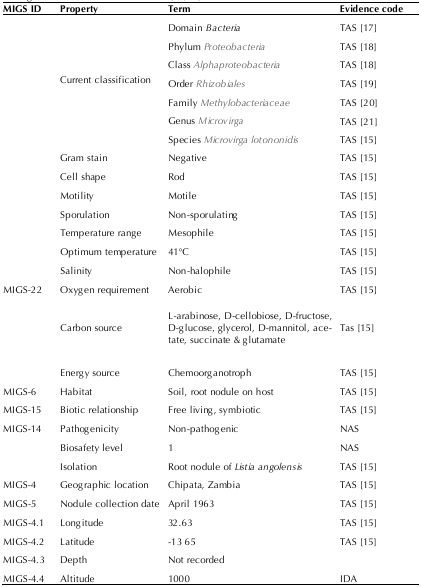
<table><thead><tr><td><b>MIGS ID</b></td><td><b>Property</b></td><td><b>Term</b></td><td><b>Evidence code</b></td></tr></thead><tbody><tr><td rowspan="8"></td><td rowspan="8">Current classification</td><td>Domain <i>Bacteria</i></td><td>TAS [17]</td></tr><tr><td>Phylum <i>Proteobacteria</i></td><td>TAS [18]</td></tr><tr><td>Class <i>Alphaproteobacteria</i></td><td>TAS [18]</td></tr><tr><td>Order <i>Rhizobiales</i></td><td>TAS [19]</td></tr><tr><td>Family <i>Methylobacteriaceae</i></td><td>TAS [20]</td></tr><tr><td>Genus <i>Microvirga</i></td><td>TAS [21]</td></tr><tr><td>Species <i>Microvirga lotononidis</i></td><td>TAS [15]</td></tr><tr><td></td><td>Gram stain</td><td>Negative</td><td>TAS [15]</td></tr><tr><td></td><td>Cell shape</td><td>Rod</td><td>TAS [15]</td></tr><tr><td></td><td>Motility</td><td>Motile</td><td>TAS [15]</td></tr><tr><td></td><td>Sporulation</td><td>Non-sporulating</td><td>TAS [15]</td></tr><tr><td></td><td>Temperature range</td><td>Mesophile</td><td>TAS [15]</td></tr><tr><td></td><td>Optimum temperature</td><td>41°C</td><td>TAS [15]</td></tr><tr><td></td><td>Salinity</td><td>Non-halophile</td><td>TAS [15]</td></tr><tr><td>MIGS-22</td><td>Oxygen requirement</td><td>Aerobic</td><td>TAS [15]</td></tr><tr><td></td><td>Carbon source</td><td>L-arabinose, D-cellobiose, D-fructose, D-glucose,glycerol, D-mannitol, acetate, succinate &amp; glutamate</td><td>TAS [15]</td></tr><tr><td></td><td>Energy source</td><td>Chemoorganotroph</td><td>TAS [15]</td></tr><tr><td>MIGS-6</td><td>Habitat</td><td>Soil, root nodule on host</td><td>TAS [15]</td></tr><tr><td>MIGS-15</td><td>Biotic relationship</td><td>Free living, symbiotic</td><td>TAS [15]</td></tr><tr><td>MIGS-14</td><td>Pathogenicity</td><td>Non-pathogenic</td><td>NAS</td></tr><tr><td></td><td>Biosafety level</td><td>1</td><td>NAS</td></tr><tr><td></td><td>Isolation</td><td>Root nodule of <i>Listia angolensis</i></td><td>TAS [15]</td></tr><tr><td>MIGS-4</td><td>Geographic location</td><td>Chipata, Zambia</td><td>TAS [15]</td></tr><tr><td>MIGS-5</td><td>Nodule collection date</td><td>April 1963</td><td>TAS [15]</td></tr><tr><td>MIGS-4.1 </td><td>Longitude</td><td>32.63</td><td>TAS [15]</td></tr><tr><td>MIGS-4.2</td><td>Latitude</td><td>-13 65</td><td>TAS [15]</td></tr><tr><td>MIGS-4.3</td><td>Depth</td><td>Not recorded</td><td></td></tr><tr><td>MIGS-4.4</td><td>Altitude</td><td>1000</td><td>IDA</td></tr></tbody></table>